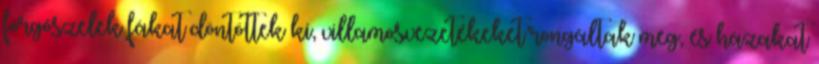
forgószelek fákat döntöttek ki, villamosvezetékeket rongáltak meg, és házakat